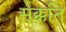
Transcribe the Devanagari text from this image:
सक्कति